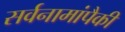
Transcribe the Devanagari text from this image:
सर्वनामांपैकी